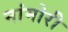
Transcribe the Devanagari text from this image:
नांमोरी